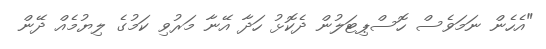
"އެހެން ނަމަވެސް ހޮސްޕިޓަލުން ދެކޮޅު ހަދާ އޭނާ މަރުވި ކަމުގެ ލިޔުމެއް ދޭން